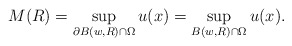
\begin{align*}M(R) = \sup_{\partial B(w,R) \cap \Omega} u(x) = \sup_{B(w,R) \cap \Omega} u(x).\end{align*}